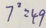
7 ^ { 2 } = 4 9